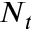
N _ { t }